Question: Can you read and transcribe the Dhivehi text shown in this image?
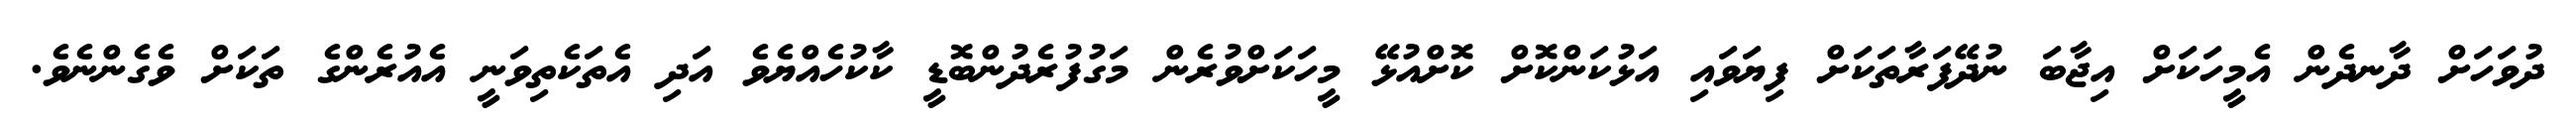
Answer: ދުވަހަށް ދާނދެން އެމީހަކަށް އިޖާބަ ނުދޭފަރާތަކަށް ފިޔަވައި އަޅުކަންކޮށް ކޮށްއުޅޭ މީހަކަށްވުރެން މަގުފުރެދުންބޮޑީ ކާކުހެއްޔެވެ އަދި އެތަކެތިވަނީ އެއުރެންގެ ތަކަށް ވެގެންނެވެ.